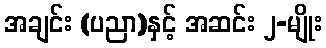
အချင်း (ပညာ)နှင့် အဆင်း ၂-မျိုး